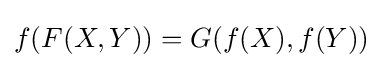
f(F(X,Y))=G(f(X),f(Y))